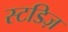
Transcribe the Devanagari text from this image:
स्टडिज़